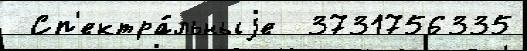
 Сп'ектра́льныjе  3731756335